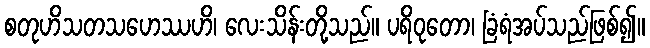
စတုဟိသတသဟေဿဟိ၊ လေးသိန်းတို့သည်။ ပရိဝုတော၊ ခြံရံအပ်သည်ဖြစ်၍။